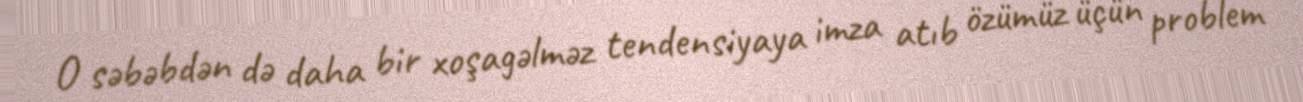
O səbəbdən də daha bir xoşagəlməz tendensiyaya imza atıb özümüz üçün problem